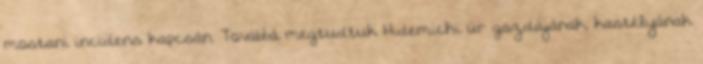
mostani incidens kapcsán. Továbbá megtudtuk Hidemichi úr gazdájának, kastélyának